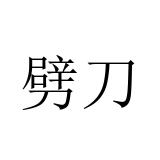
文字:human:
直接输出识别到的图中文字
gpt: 劈刀